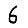
Digit: 6